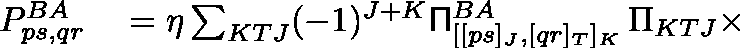
\begin{array} { r l } { P _ { p s , q r } ^ { B A } } & { { } = \eta \sum _ { K T J } ( - 1 ) ^ { J + K } \mathsf { \Pi } _ { [ [ p s ] _ { J } , [ q r ] _ { T } ] _ { K } } ^ { B A } \, \Pi _ { K T J } \times } \end{array}